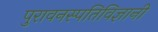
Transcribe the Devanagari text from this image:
पुरावनस्पतिविज्ञानी